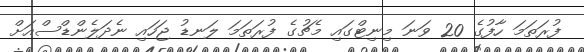
ފުރަތަމަ ހާފުގެ 20 ވަނަ މިނިޓްގައި މެޗުގެ ފުރަތަމަ ލަނޑު ޖަހައި ނެދަލެންޑްސްއަށް